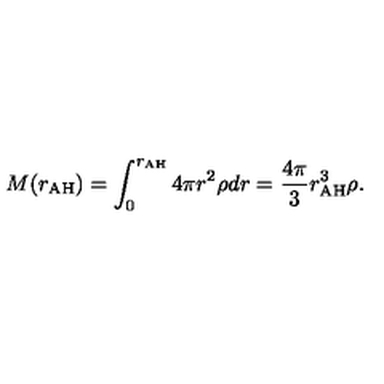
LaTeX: M ( r _ { \mathrm { A H } } ) = \int _ { 0 } ^ { r _ { \mathrm { A H } } } 4 \pi r ^ { 2 } \rho d r = \frac { 4 \pi } { 3 } r _ { \mathrm { A H } } ^ { 3 } \rho .